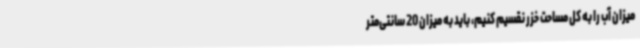
میزان آب را به کل مساحت خزر نقسیم کنیم، باید به میزان 20 سانتی‌متر